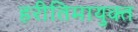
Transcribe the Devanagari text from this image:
हरीतिमायुक्‍त